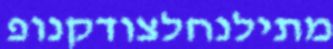
מתילנחלצודקנופ